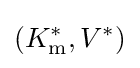
(K_{\mathrm {m} }^{*},V^{*})